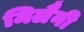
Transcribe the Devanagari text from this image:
मिलैनी